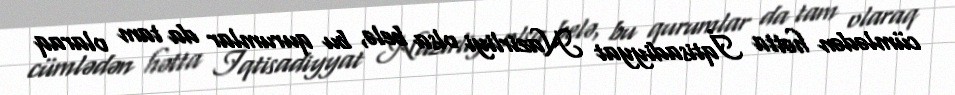
cümlədən hətta İqtisadiyyat Nazirliyi olsa belə, bu qurumlar da tam olaraq